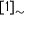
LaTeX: [ 1 ] _ { \sim }